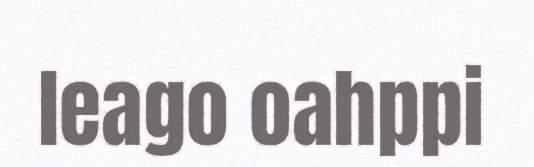
leago oahppi